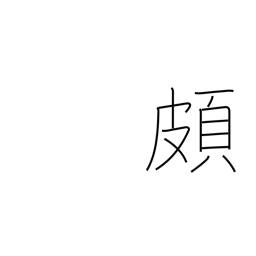
Meaning: prejudiced